Vaccination in the Punjab 1919-1929 - 1919-1929
Year: 1919
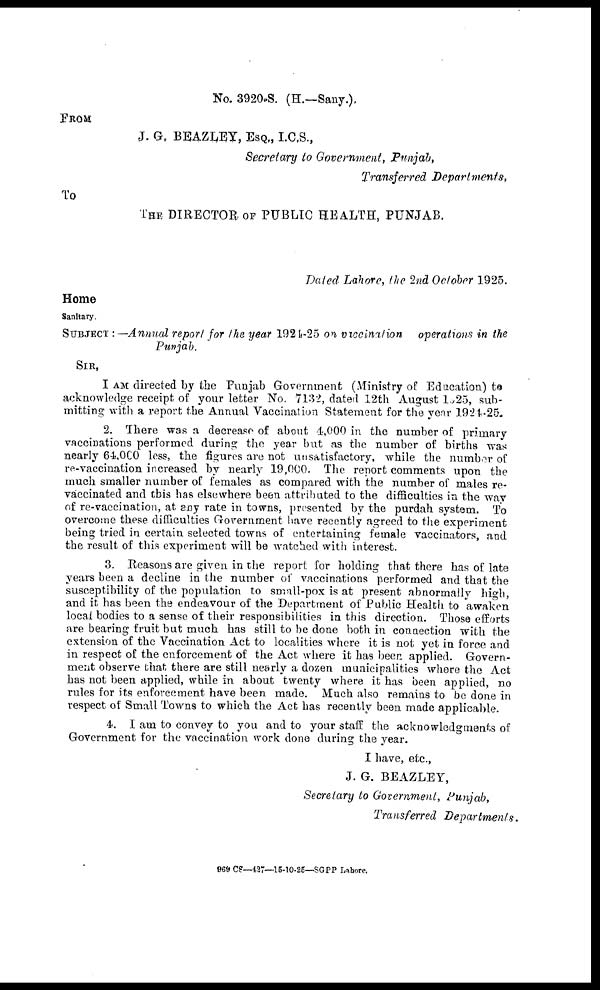
No. 3920-S. (H.—Sany.),
FROM
J. G. BEAZLEY, ESQ., I.C.S.,
Secretary to Government, Punjab,
Transferred Departments,
To
THE DIRECTOR OF PUBLIC HEALTH, PUNJAB.
Dated Lahore, the 2nd October 1925.
Home
Sanitary.
SUBJECT : —Annual report for the year 1924-25 on vaccination
operations in the
Punjab.
SIR,
I AM directed by the Punjab Government (Ministry of Education) to
acknowledge receipt of your letter No. 7132, dated 12th August 1925, sub-
mitting with a report the Annual Vaccination Statement for the year 1924-25.
2. There was a decrease of about 4,000 in the number of primary
vaccinations performed during the year but as the number of births was
nearly 64,000 less, the figures are not unsatisfactory, while the number of
re-vaccination increased by nearly 19,000. The report comments upon the
much smaller number of females as compared with the number of males re-
vaccinated and this has elsewhere been attributed to the difficulties in the way
of re-vaccination, at any rate in towns, presented by the purdah system. To
overcome these difficulties Government have recently agreed to the experiment
being tried in certain selected towns of entertaining female vaccinators, and
the result of this experiment will be watched with interest.
3. Reasons are given in the report for holding that there has of late
years been a decline in the number of vaccinations performed and that the
susceptibility of the population to small-pox is at present abnormally high,
and it has been the endeavour of the Department of Public Health to awaken
local bodies to a sense of their responsibilities in this direction. Those efforts
are bearing fruit but much has still to be done both in connection with the
extension of the Vaccination Act to localities where it is not yet in force and
in respect of the enforcement of the Act where it has beer, applied. Govern-
ment observe that there are still nearly a dozen municipalities whore the Act
has not been applied, while in about twenty where it has been applied, no
rules for its enforcement have been made. Much also remains to be done in
respect of Small Towns to which the Act has recently been made applicable.
4. I am to convey to you and to your staff the acknowledgments of
Government for the vaccination work done during the year.
I have, etc.,
J. G. BEAZLEY,
Secretary to Government, Punjab,
Transferred Departments.
969 CS—427—15-10-25—-SGPP Lahore.